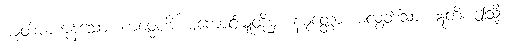
ယုတ်မာကုန်သော။ ကမ္မေဟိ၊ မကောင်းမှုတို့မှ။ နမုတ္တော၊ မလွတ်သာ။ ဣတိ၊ ဤသို့။